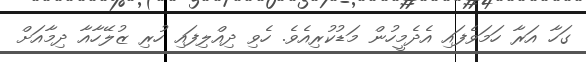
ގަހާ އަރާ ހަމަވެފައި އެދެމީހުން މަޑުކުރިއެވެ. ހެވި ދިއްލިފައި ހުރި ޒުލޭހާއާ ދިމާއަށް